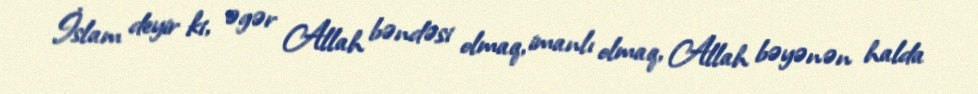
İslam deyir ki, əgər Allah bəndəsi olmaq, imanlı olmaq, Allah bəyənən halda